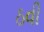
ઠવી